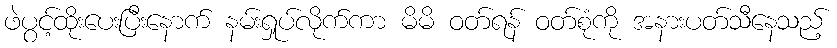
ဖဲပွင့်ထိုးပေးပြီးနောက် နမ်းရှုပ်လိုက်ကာ မိမိ ဝတ်ရန် ဝတ်စုံကို အနားပတ်သီနေသည့်